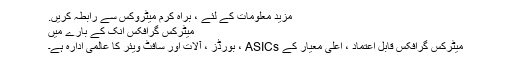
مزید معلومات کے لئے ، براہ کرم میٹروکس سے رابطہ کریں.
میٹرکس گرافکس انک کے بارے میں
میٹرکس گرافکس قابل اعتماد ، اعلی معیار کے ASICs ، بورڈز ، آلات اور سافٹ ویئر کا عالمی ادارہ ہے۔